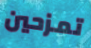
تمزحين